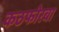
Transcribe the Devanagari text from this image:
कठफोरबा